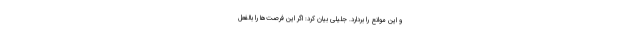
و این موانع را بردارد. جلیلی بیان کرد: اگر این فرصت‌ها را بالفعل